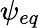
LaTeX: \psi_{eq}